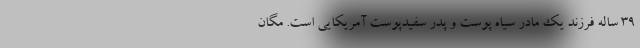
۳۹ ساله فرزند یک مادر سیاه پوست و پدر سفیدپوست آمریکایی است. مگان